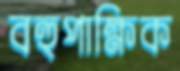
বহুপাক্ষিক